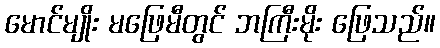
မောင်မျိုး မဖြေမီတွင် ဘကြီးမိုး ဖြေသည်။